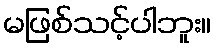
မဖြစ်သင့်ပါဘူး။